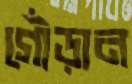
গোঁড়ান